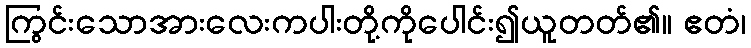
ကြွင်းသောအားလေးကပါးတို့ကိုပေါင်း၍ယူတတ်၏။ ဧတံ၊